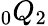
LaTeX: \phantom{}_{0}Q_{2}